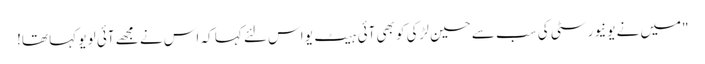
"میں نے یونیورسٹی کی سب سے حسین لڑکی کو بھی آئی ہیٹ یو اس لئے کہا کہ اس نے مجھے آئی لو یو کہا تھا!